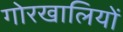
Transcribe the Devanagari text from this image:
गोरखालियों